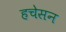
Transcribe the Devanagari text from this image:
हचेसन